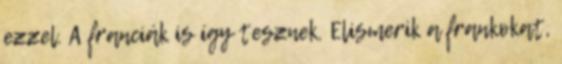
ezzel. A franciák is így tesznek. Elismerik a frankokat,